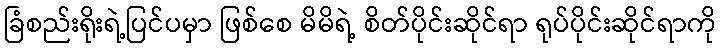
ခြံစည်းရိုးရဲ့ပြင်ပမှာ ဖြစ်စေ မိမိရဲ့ စိတ်ပိုင်းဆိုင်ရာ ရုပ်ပိုင်းဆိုင်ရာကို